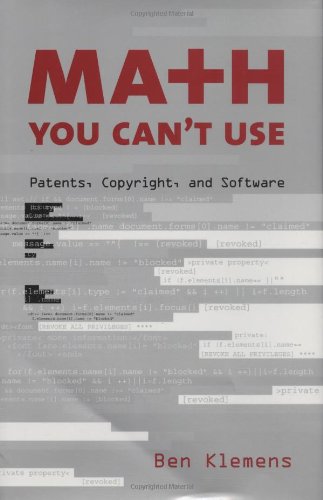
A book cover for Math You Can't Use: Patents, Copyright, and Software; Ben Klemens; Computers & Technology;